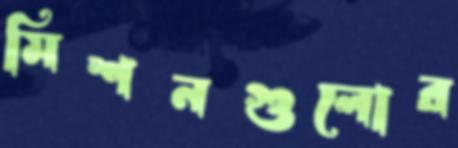
মিশনগুলোর